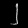
Digit: ၂